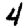
Digit: 4